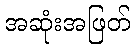
အဆုံးအဖြတ်